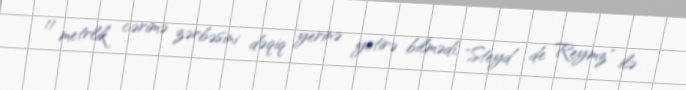
11 metrlik cərimə zərbəsini dəqiq yerinə yetirə bilmədi, "Steyd de Reymz" ilə